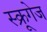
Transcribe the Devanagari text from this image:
स्क्रूगेज